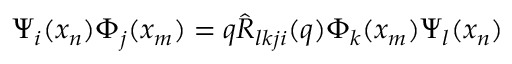
\Psi _ { i } ( x _ { n } ) \Phi _ { j } ( x _ { m } ) = q \hat { { \cal R } } _ { l k j i } ( q ) \Phi _ { k } ( x _ { m } ) \Psi _ { l } ( x _ { n } )